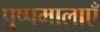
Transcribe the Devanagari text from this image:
पुष्पमालाएँ